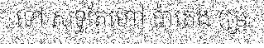
ទៅ សុទ្ធតែហៅ ប៉ាតេង (ម្រ